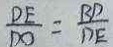
\frac { D E } { D O } = \frac { B D } { D E }